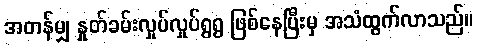
အတန်မျှ နှုတ်ခမ်းလှုပ်လှုပ်ရွရွ ဖြစ်နေပြီးမှ အသံထွက်လာသည်။